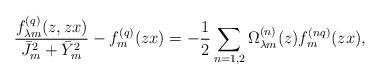
LaTeX: \begin{align*}\frac{f_{\lambda m}^{(q)}(z,zx)}{\bar J_m^{2}+\bar Y_m^{2}}-f_{m}^{(q)}(zx)=-\frac{1}{2}\sum_{n=1,2}\Omega _{\lambda m}^{(n)}(z)f_m^{(nq)}(zx), \end{align*}